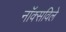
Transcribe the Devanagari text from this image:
नाॅक्सविले